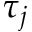
\tau _ { j }